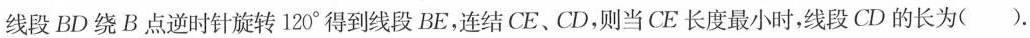
线段BD绕B点逆时针旋转120^{\circ}得到线段BE，连结CE、CD，则当CE长度最小时，线段CD的长为( ).